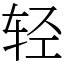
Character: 轻